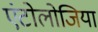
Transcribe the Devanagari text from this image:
एंटोलोजिया